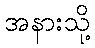
အနားသို့